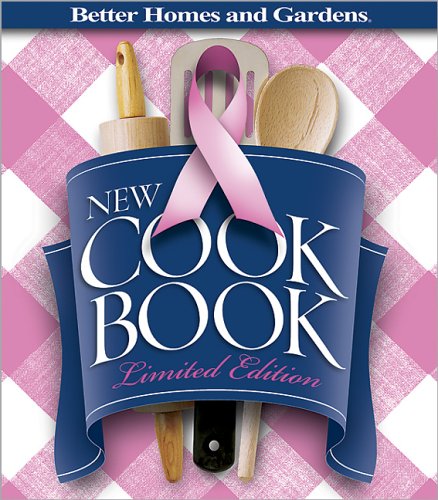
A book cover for New Cook Book, Limited Edition "Pink Plaid" : For Breast Cancer Awareness (Better Homes & Gardens); Better Homes and Gardens; Cookbooks, Food & Wine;